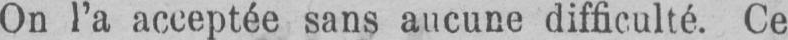
On l’a acceptée sans aucune difficulté. Ce